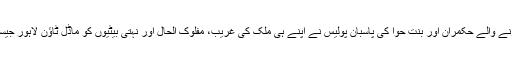
داعیانِ امن و محبت، دہشت گردی کے خاتمے کا دم بھرنے والے حکمران اور بنتِ حوا کی پاسبان پولیس نے اپنے ہی ملک کی غریب، مفلوک الحال اور نہتی بیٹیوں کو ماڈل ٹاؤن لاہور جیسے پوش علاقے میں سر عام گولیاں مار کر شہید کر دیا۔